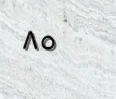
٨٥